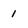
Character: 1